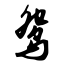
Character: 鸳